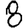
Digit: 8